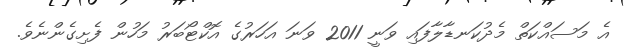
އެ މަސައްކަތް މެދުކަނޑާލާފައި ވަނީ 2011 ވަނަ އަހަރުގެ އޮކްޓޯބަރު މަހުން ފެށިގެންނެވެ.